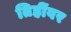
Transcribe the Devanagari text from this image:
तिहींवर